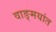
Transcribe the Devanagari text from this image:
वाङ्‌मयांत